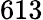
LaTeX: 613